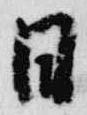
日